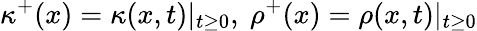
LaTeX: \kappa^{+}(x)=\kappa(x,t)|_{t\geq 0},~\rho^{+}(x)=\rho(x,t)|_{t\geq 0}